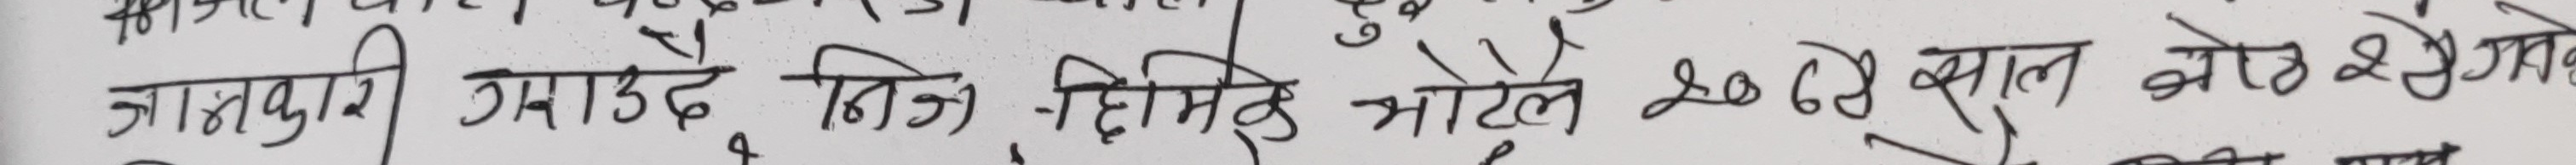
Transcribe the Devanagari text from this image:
जातकूरी उगाउदै सिन्धिमुक झोटेले २०७० साल झोट्टा क्षेत्रको